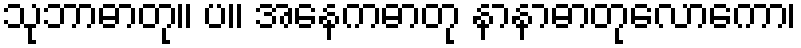
သုဘာဓာတု။ ပ။ အနေကဓာတု နာနာဓာတုလောကော၊